Annual administration report of the Civil Veterinary Department of India - 1900-1901
Year: 1900
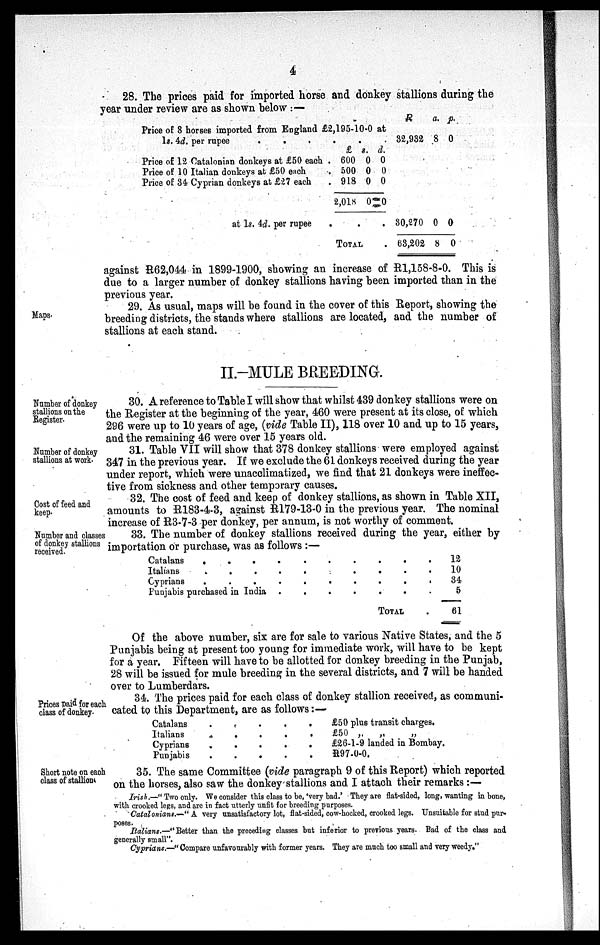
4
28. The prices paid for imported horse and donkey stallions during the
year under review are as shown below:-
Price of 8 horses imported from England £2,195-10-0 at
1s. 4d. per rupee
.
.
.
.
.
.
£ s. d.
Price of 12 Catalonian donkeys at £50 each . 600 0 0
Price of 10 Italian donkeys at £50 each
. 500 0 0
Price of 34 Cyprian donkeys at £27 each
. 918 0 0
2,018 0 0
at 1s. 4d. per rupee
. . .
TOTAL .
R
32,932
30,270
63,202
a.
8
0
8
p.
0
0
0
against R62,044 in 1899-1900, showing an increase of R1,158-8-0. This is
due to a larger number of donkey stallions having been imported than in the
previous year.
Maps.
29. As usual, maps will be found in the cover of this Report, showing the
breeding districts, the stands where stallions are located, and the number of
stallions at each stand.
II.-MULE BREEDING.
Number of donkey
stallions on the
Register.
30. A reference to Table I will show that whilst 439 donkey stallions were on
the Register at the beginning of the year, 460 were present at its close, of which
296 were up to 10 years of age, (vide Table II), 118 over 10 and up to 15 years,
and the remaining 46 were over 15 years old.
Number of donkey
stallions at work.
31. Table VII will show that 378 donkey stallions were employed against
347 in the previous year. If we exclude the 61 donkeys received during the year
under report, which were unacclimatized, we find that 21 donkeys were ineffec-
tive from sickness and other temporary causes.
Cost of feed and
keep.
32. The cost of feed and keep of donkey stallions, as shown in Table XII,
amounts to R183-4-3, against R179-13-0 in the previous year. The nominal
increase of R3-7-3 per donkey, per annum, is not worthy of comment.
Number and classes
of donkey stallions
received.
33. The number of donkey stallions received during the year, either by
importation or purchase, was as follows:—
Catalans
. . . . . . . . . .
Italians
. .
.
.
. .. . . . .
Cyprians
.
.
.
.
. .. . . . .
Puujabis purchased in India . . . .
TOTAL.
12
10
34
5
61
Of the above number, six are for sale to various Native States, and the 5
Punjabis being at present too young for immediate work, will have to be kept
for a year. Fifteen will have to be allotted for donkey breeding in the Punjab,
28 will be issued for mule breeding in the several districts, and 7 will be handed
over to Lumberdars.
Prices paid for each
class of donkey.
34. The prices paid for each class of donkey stallion received, as communi-
cated to this Department, are as follows:—
Catalans. . . . .
Italians . . . . .
Cyprians. . . . .
Punjabis. . . . .
£50 plus transit charges.
£50 „
„
„
£26-1-9 landed in Bombay.
R97-0-0.
Short note on each
class of stallions
35. The same Committee (vide paragraph 9 of this Report) which reported
on the horses, also saw the donkey stallions and I attach their remarks:—
Irish.—"Two only. We consider this class to be, 'very bad.' They are flat-sided, long, wanting in bone,
with crooked legs, and are in fact utterly unfit for breeding purposes.
Catalonians.—"A very unsatisfactory lot, flat-sided, cow-hocked, crooked legs. Unsuitable for stud pur-
poses.
Italians.—"Better than the preceding classes but inferior to previous years. Bad of the class and
generally small".
Cyprians.—"Compare unfavourably with former years. They are much too small and very weedy."